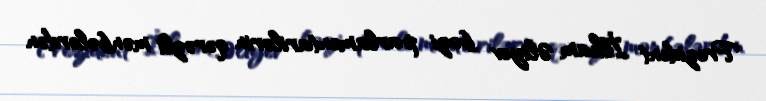
Prezident İlham Əliyev bəzi parlamentarilərin qərəzli mənbələrdən